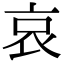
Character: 哀